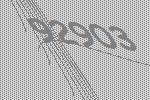
92903